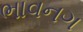
ભાવનગ